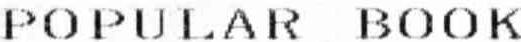
POPULAR BOOK